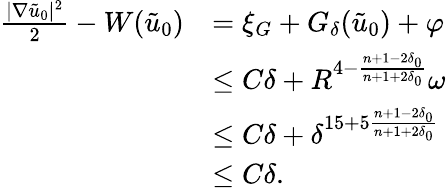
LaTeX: \begin{array}{rl}{\frac{|\nabla\tilde{u}_{0}|^{2}}{2}-W(\tilde{u}_{0})}&{=\xi_{G}+G_{\delta}(\tilde{u}_{0})+\varphi}\\ &{\leq C\delta+R^{4-\frac{n+1-2\delta_{0}}{n+1+2\delta_{0}}}\omega}\\ &{\leq C\delta+\delta^{15+5\frac{n+1-2\delta_{0}}{n+1+2\delta_{0}}}}\\ &{\leq C\delta.}\end{array}